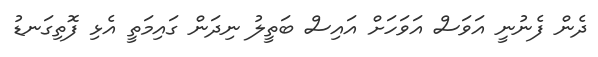
ދެން ފެނުނީ އަވަސް އަވަހަށް އައިސް ބަތީލު ނިދަން ގައިމަތީ އެޅި ފޮތިގަނޑު